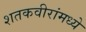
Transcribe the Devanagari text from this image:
शतकवीरांमध्ये